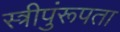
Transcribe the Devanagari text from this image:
स्त्रीपुंरूपता